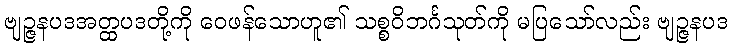
ဗျဉ္ဇနပဒအတ္ထပဒတို့ကို ဝေဖန်သောဟူ၏ သစ္စဝိဘင်္ဂသုတ်ကို မပြသော်လည်း ဗျဉ္ဇနပဒ